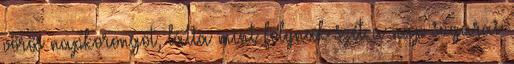
vörös napkorongot, látta mint folynak szét a nap sugarai